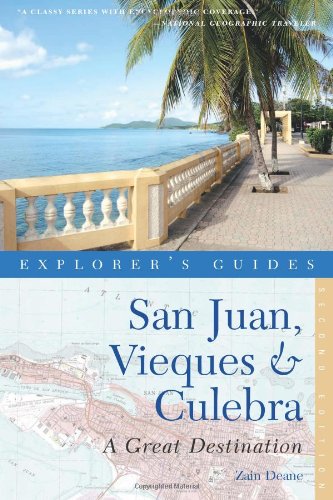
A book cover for Explorer's Guide San Juan, Vieques & Culebra: A Great Destination (Second Edition)  (Explorer's Great Destinations); Zain Deane; Travel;